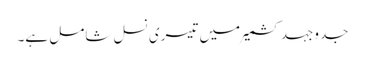
جدوجہد کشمیر میں تیسری نسل شامل ہے۔